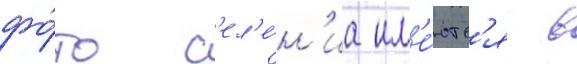
фо́то с'ел'е́н'иа им'е́ютс'я в